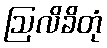
ဩလိခိတုံ